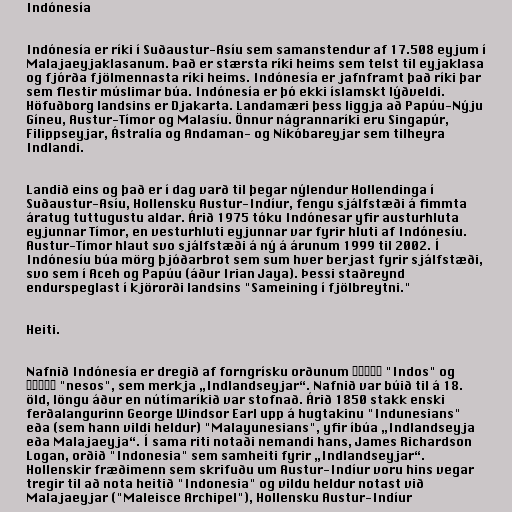
Indónesía

Indónesía er ríki í Suðaustur-Asíu sem samanstendur af 17.508 eyjum í
Malajaeyjaklasanum. Það er stærsta ríki heims sem telst til eyjaklasa
og fjórða fjölmennasta ríki heims. Indónesía er jafnframt það ríki þar
sem flestir múslimar búa. Indónesía er þó ekki íslamskt lýðveldi.
Höfuðborg landsins er Djakarta. Landamæri þess liggja að Papúu-Nýju
Gíneu, Austur-Tímor og Malasíu. Önnur nágrannaríki eru Singapúr,
Filippseyjar, Ástralía og Andaman- og Níkóbareyjar sem tilheyra
Indlandi.

Landið eins og það er í dag varð til þegar nýlendur Hollendinga í
Suðaustur-Asíu, Hollensku Austur-Indíur, fengu sjálfstæði á fimmta
áratug tuttugustu aldar. Árið 1975 tóku Indónesar yfir austurhluta
eyjunnar Tímor, en vesturhluti eyjunnar var fyrir hluti af Indónesíu.
Austur-Tímor hlaut svo sjálfstæði á ný á árunum 1999 til 2002. Í
Indónesíu búa mörg þjóðarbrot sem sum hver berjast fyrir sjálfstæði,
svo sem í Aceh og Papúu (áður Irian Jaya). Þessi staðreynd
endurspeglast í kjörorði landsins "Sameining í fjölbreytni."

Heiti.

Nafnið Indónesía er dregið af forngrísku orðunum Ἰνδός "Indos" og
νῆσος "nesos", sem merkja „Indlandseyjar“. Nafnið var búið til á 18.
öld, löngu áður en nútímaríkið var stofnað. Árið 1850 stakk enski
ferðalangurinn George Windsor Earl upp á hugtakinu "Indunesians"
eða (sem hann vildi heldur) "Malayunesians", yfir íbúa „Indlandseyja
eða Malajaeyja“. Í sama riti notaði nemandi hans, James Richardson
Logan, orðið "Indonesia" sem samheiti fyrir „Indlandseyjar“.
Hollenskir fræðimenn sem skrifuðu um Austur-Indíur voru hins vegar
tregir til að nota heitið "Indonesia" og vildu heldur notast við
Malajaeyjar ("Maleisce Archipel"), Hollensku Austur-Indíur